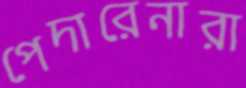
পেদারেনারা